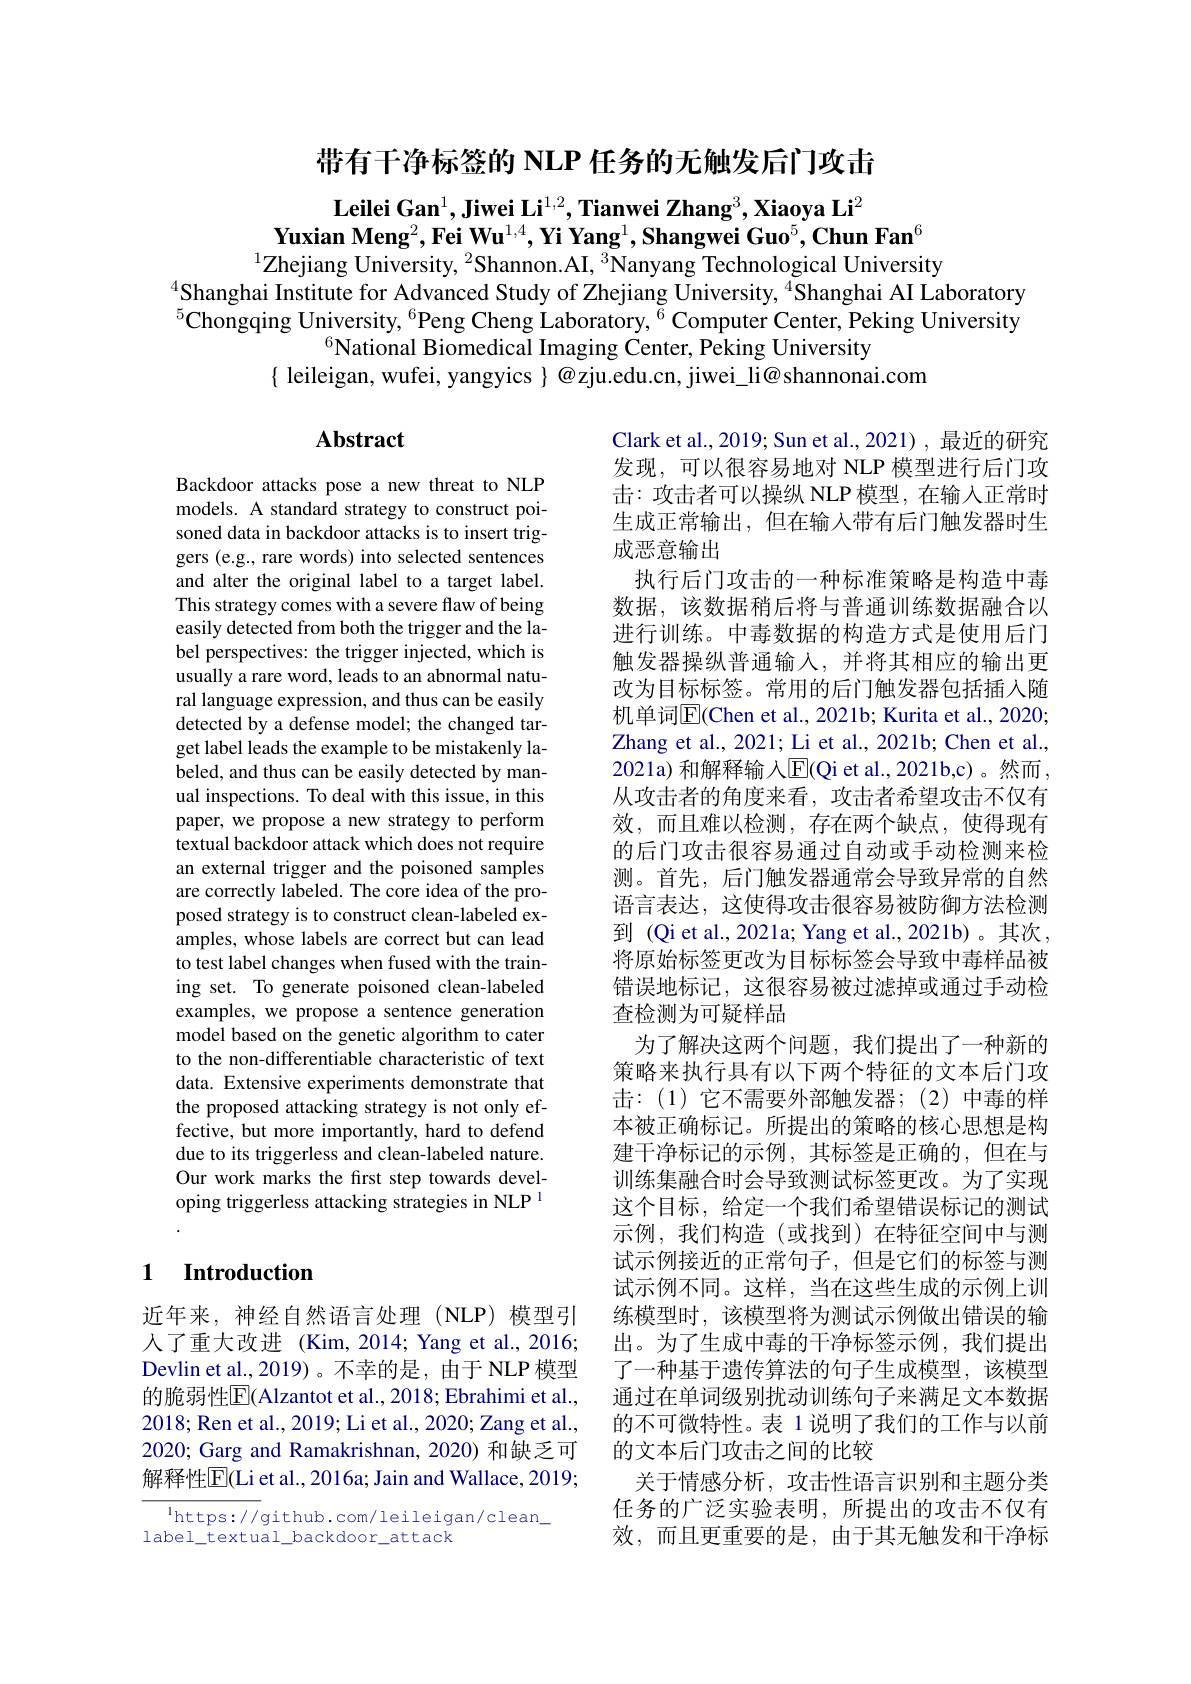
带有干净标签的 NLP 任务的无触发后门攻击

$\textbf{Leilei Gan}^1,\textbf{Jiwei Li}^{1,2},\textbf{Tianwei Zhang}^3,\textbf{Xiaoya Li}^2$
$\textbf{Yuxian Meng}^2,\textbf{Fei Wu}^{1,4},\textbf{Yi Yang}^1,\textbf{Shangwei Guo}^5,\textbf{Chun Fan}^6$
$^{1}$Zhejiang University, $^2$Shannon.AI, $^3$Nanyang Technological University

$^{4}$Shanghai Institute for Advanced Study of Zhejiang University, $^{4}$Shanghai AI Laboratory $^{5}$Chongqing University, $^6$Peng Cheng Laboratory, $^6$ Computer Center, Peking University
$^{6}$National Biomedical Imaging $\dot\text{Center,Peking University}$
$\{$ leileigan, wufei, yangyics $\}@$zju.edu.cn, jiwei\_li@shannonai.com

## $\mathbf{Abstract}$

Backdoor attacks pose a new threat to NLP models. A standard strategy to construct poisoned data in backdoor attacks is to insert triggers (e.g., rare words) into selected sentences and alter the original label to a target label. This strategy comes with a severe flaw of being easily detected from both the trigger and the label perspectives: the trigger injected, which is usually a rare word, leads to an abnormal natural language expression, and thus can be easily detected by a defense model; the changed target label leads the example to be mistakenly labeled, and thus can be easily detected by manual inspections. To deal with this issue, in this paper, we propose a new strategy to perform textual backdoor attack which does not require an external trigger and the poisoned samples are correctly labeled. The core idea of the proposed strategy is to construct clean-labeled examples, whose labels are correct but can lead to test label changes when fused with the training set. To generate poisoned clean-labeled examples, we propose a sentence generation model based on the genetic algorithm to cater to the non-differentiable characteristic of text data. Extensive experiments demonstrate that the proposed attacking strategy is not only effective, but more importantly, hard to defend due to its triggerless and clean-labeled nature. Our work marks the first step towards developing triggerless attacking strategies in NLP 1

Clark et al., 2019; Sun et al., 2021) , 最近的研究发现，可以很容易地对 NLP 模型进行后门攻击：攻击者可以操纵 NLP 模型，在输入正常时生成正常输出，但在输入带有后门触发器时生成恶意输出
执行后门攻击的一种标准策略是构造中毒数据，该数据稍后将与普通训练数据融合以进行训练。中毒数据的构造方式是使用后门触发器操纵普通输入，并将其相应的输出更改为目标标签。常用的后门触发器包括插入随机单词$\overline{\mathrm{E}}($Chen et al., 2021b; Kurita et al., 2020; Zhang et al., 2021; Li et al., 2021b; Chen et al., 2021a) 和解释输入$\operatorname{E}($Qi et al.,2021b,c)。然而， 从攻击者的角度来看，攻击者希望攻击不仅有效，而且难以检测，存在两个缺点，使得现有的后门攻击很容易通过自动或手动检测来检测。首先，后门触发器通常会导致异常的自然语言表达，这使得攻击很容易被防御方法检测到 (Qi et al., 2021a; Yang et al., 2021b)。其次， 将原始标签更改为目标标签会导致中毒样品被错误地标记，这很容易被过滤掉或通过手动检查检测为可疑样品
为了解决这两个问题，我们提出了一种新的策略来执行具有以下两个特征的文本后门攻击：(1)它不需要外部触发器；(2)中毒的样本被正确标记。所提出的策略的核心思想是构建干净标记的示例，其标签是正确的，但在与训练集融合时会导致测试标签更改。为了实现这个目标，给定一个我们希望错误标记的测试示例，我们构造(或找到)在特征空间中与测试示例接近的正常句子，但是它们的标签与测试示例不同。这样，当在这些生成的示例上训练模型时，该模型将为测试示例做出错误的输出。为了生成中毒的干净标签示例，我们提出了一种基于遗传算法的句子生成模型，该模型通过在单词级别扰动训练句子来满足文本数据的不可微特性。表 1 说明了我们的工作与以前的文本后门攻击之间的比较
关于情感分析，攻击性语言识别和主题分类任务的广泛实验表明，所提出的攻击不仅有效，而且更重要的是，由于其无触发和干净标

### 1 $\textbf{Introduction}$

近年来，神经自然语言处理(NLP)模型引人了重大改进 (Kim,2014; Yang et al.,2016; Devlin et al., 2019)。不幸的是，由于 NLP 模型的脆弱性$\overline{\mathrm{E}}($Alzantot et al., 2018; Ebrahimi et al., 2018; Ren et al., 2019; Li et al., 2020; Zang et al., 2020; Garg and Ramakrishnan, 2020) 和缺乏可解释性$\overline{\mathrm{E}}($Li et al., 2016a; Jain and Wallace, 2019;

$^{1}$https: / / github. com/ leileigan/ clean
label\_textual\_backdoor\_attack